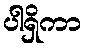
ပါရှိကာ